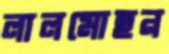
লালমোহন